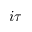
i \tau